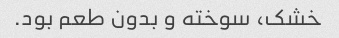
خشک، سوخته و بدون طعم بود.